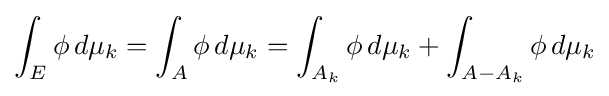
\int _{E}\phi \,d\mu _{k}=\int _{A}\phi \,d\mu _{k}=\int _{A_{k}}\phi \,d\mu _{k}+\int _{A-A_{k}}\phi \,d\mu _{k}